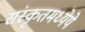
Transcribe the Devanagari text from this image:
संस्कृतमध्येये